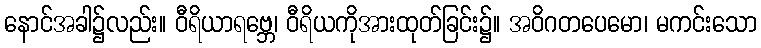
နောင်အခါ၌လည်း။ ဝီရိယာရဗ္ဘေ၊ ဝီရိယကိုအားထုတ်ခြင်း၌။ အဝိဂတပေမော၊ မကင်းသော